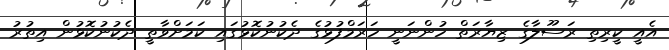
އެއީ ކީރިތި ރަސޫލާގެ ޒިޔާރަތް ހުންނަނީ ހަރަމްފުޅުގެ ދެކުނުކޮޅުގައި ކަމަށްވާތީ ދެކުނުކޮޅުން އިތުރު